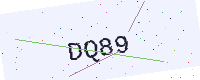
Text: DQ89